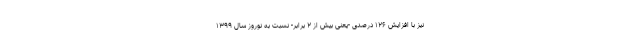
نیز با افزایش ۱۲۶ درصدی -یعنی بیش از ۲ برابر- نسبت به نوروز سال ۱۳۹۹